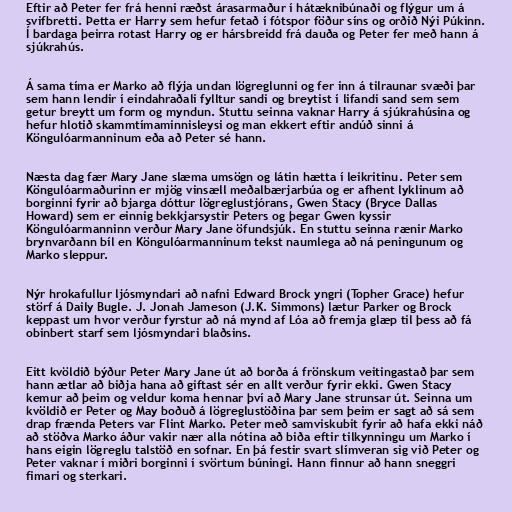
Eftir að Peter fer frá henni ræðst árasarmaður í hátæknibúnaði og flýgur um á
svifbretti. Þetta er Harry sem hefur fetað í fótspor föður síns og orðið Nýi Púkinn.
Í bardaga þeirra rotast Harry og er hársbreidd frá dauða og Peter fer með hann á
sjúkrahús.

Á sama tíma er Marko að flýja undan lögreglunni og fer inn á tilraunar svæði þar
sem hann lendir í eindahraðali fylltur sandi og breytist í lifandi sand sem sem
getur breytt um form og myndun. Stuttu seinna vaknar Harry á sjúkrahúsina og
hefur hlotið skammtímaminnisleysi og man ekkert eftir andúð sinni á
Köngulóarmanninum eða að Peter sé hann.

Næsta dag fær Mary Jane slæma umsögn og látin hætta í leikritinu. Peter sem
Köngulóarmaðurinn er mjög vinsæll meðalbærjarbúa og er afhent lyklinum að
borginni fyrir að bjarga dóttur lögreglustjórans, Gwen Stacy (Bryce Dallas
Howard) sem er einnig bekkjarsystir Peters og þegar Gwen kyssir
Köngulóarmanninn verður Mary Jane öfundsjúk. En stuttu seinna rænir Marko
brynvarðann bíl en Köngulóarmanninum tekst naumlega að ná peningunum og
Marko sleppur.

Nýr hrokafullur ljósmyndari að nafni Edward Brock yngri (Topher Grace) hefur
störf á Daily Bugle. J. Jonah Jameson (J.K. Simmons) lætur Parker og Brock
keppast um hvor verður fyrstur að ná mynd af Lóa að fremja glæp til þess að fá
obinbert starf sem ljósmyndari blaðsins.

Eitt kvöldið býður Peter Mary Jane út að borða á frönskum veitingastað þar sem
hann ætlar að biðja hana að giftast sér en allt verður fyrir ekki. Gwen Stacy
kemur að þeim og veldur koma hennar því að Mary Jane strunsar út. Seinna um
kvöldið er Peter og May boðuð á lögreglustöðina þar sem þeim er sagt að sá sem
drap frænda Peters var Flint Marko. Peter með samviskubit fyrir að hafa ekki náð
að stöðva Marko áður vakir nær alla nótina að biða eftir tilkynningu um Marko í
hans eigin lögreglu talstöð en sofnar. En þá festir svart slímveran sig við Peter og
Peter vaknar í miðri borginni í svörtum búningi. Hann finnur að hann sneggri
fimari og sterkari.